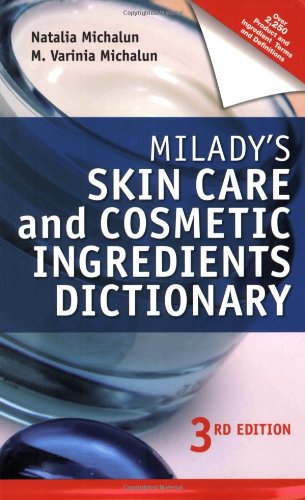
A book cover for Milady's Skin Care and Cosmetic Ingredients Dictionary; Natalia Michalun; Health, Fitness & Dieting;